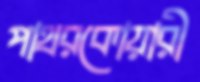
পাথরকোয়ারী